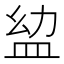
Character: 𥁒